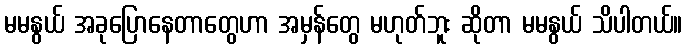
မမနွယ် အခုပြောနေတာတွေဟာ အမှန်တွေ မဟုတ်ဘူး ဆိုတာ မမနွယ် သိပါတယ်။